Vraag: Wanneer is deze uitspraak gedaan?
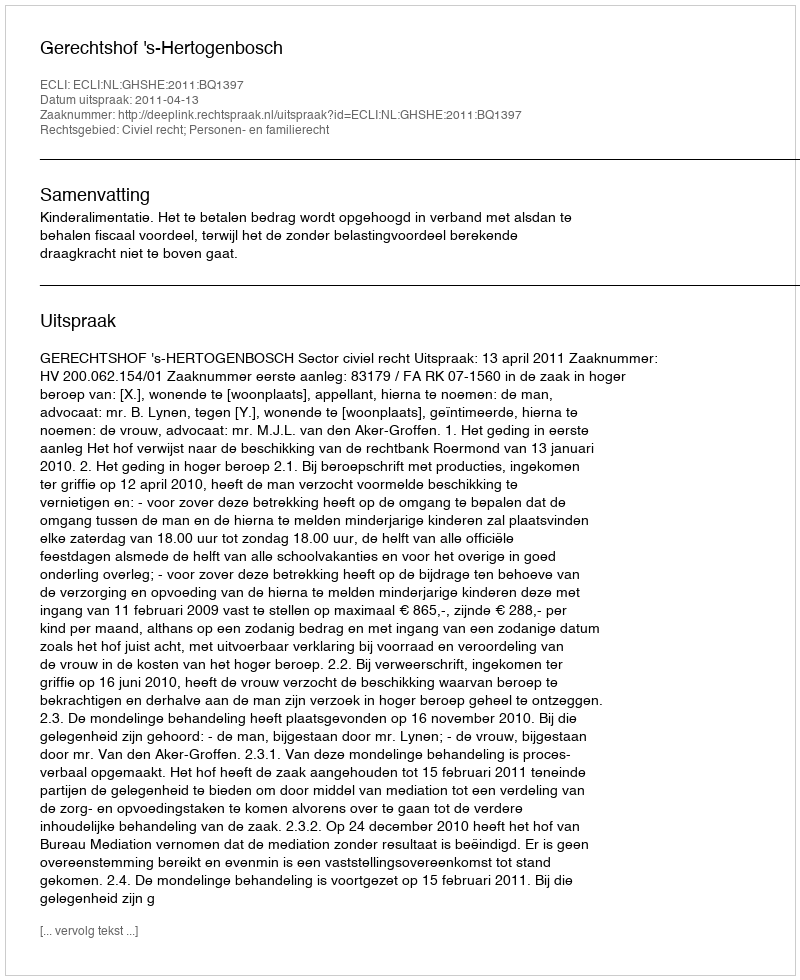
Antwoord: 2011-04-13